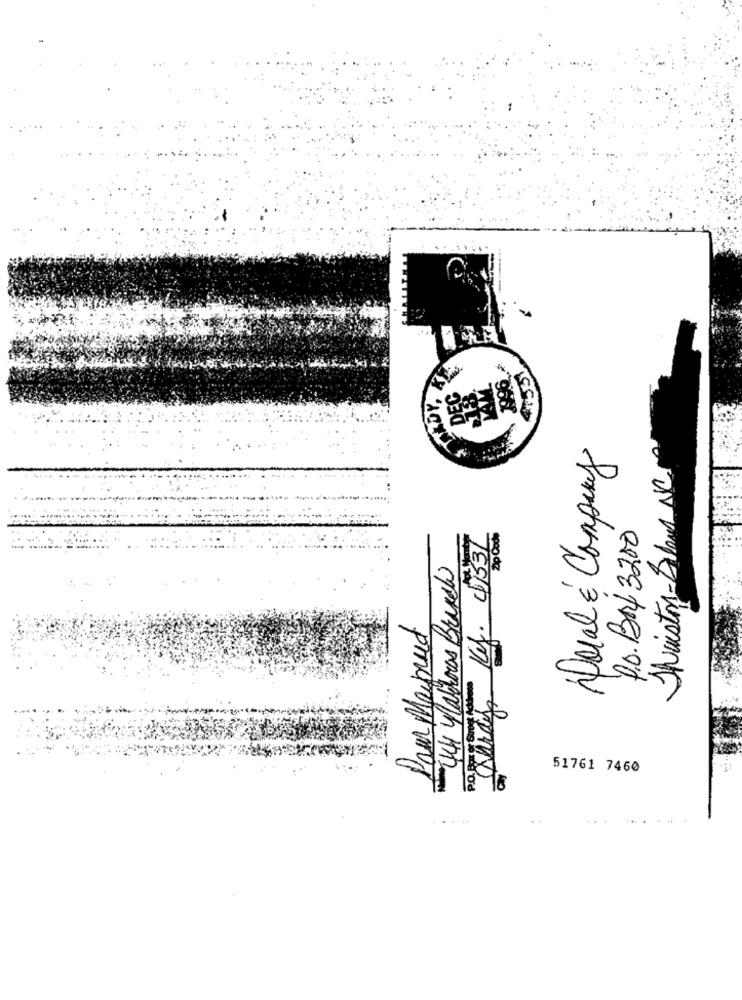
HARDY, KE.
1996
4155
DEC
Duval & Company
Suiston-Bland NC
P.O. BR 3200
Auray Kj. 47331
Dp Cod5
441 Pathoras Branch
Pour Mapused
51761 7460
.....